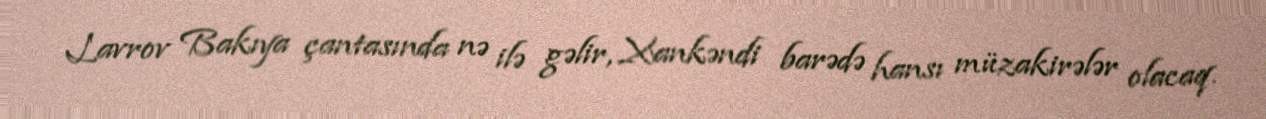
Lavrov Bakıya çantasında nə ilə gəlir, Xankəndi barədə hansı müzakirələr olacaq.